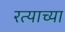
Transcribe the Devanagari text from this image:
रत्याच्या